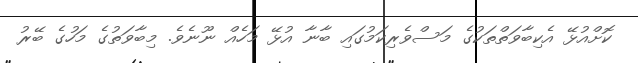
ކޮށްއުޅޭ އެކިބާވަތްތަކުގެ މަސްވެރިކަމުގައި ބާނާ އުޅޭ މަހެއް ނޫނެވެ. މިބާވަތުގެ މަހުގެ ބޭރު